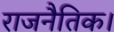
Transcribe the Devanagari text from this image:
राजनैतिक।